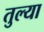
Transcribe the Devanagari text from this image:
तुल्या